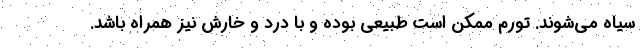
سیاه می‌شوند. تورم ممکن است طبیعی بوده و با درد و خارش نیز همراه باشد.